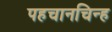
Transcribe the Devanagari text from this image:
पहचानचिन्ह